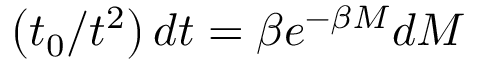
\left( t _ { 0 } / t ^ { 2 } \right) d t = \beta e ^ { - \beta M } d M